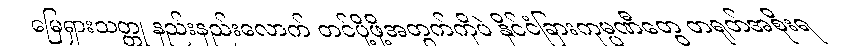
မြေရှားသတ္တု နည်းနည်းလောက် တင်ပို့ဖို့အတွက်ကိုပဲ နိုင်ငံခြားကုမ္ပဏီတွေ တရုတ်အစိုးရ